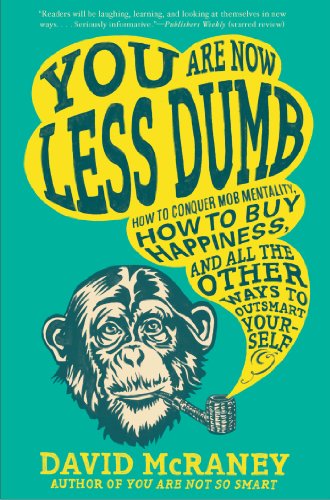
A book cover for You Are Now Less Dumb: How to Conquer Mob Mentality, How to Buy Happiness, and All the Other Ways to Ou tsmart Yourself; David McRaney; Humor & Entertainment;